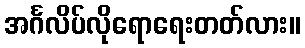
အင်္ဂလိပ်လိုရောရေးတတ်လား။